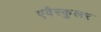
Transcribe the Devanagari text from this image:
एवैस्कुलर